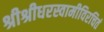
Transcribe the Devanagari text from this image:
श्रीश्रीधरस्वामीविरचितं